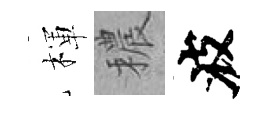
楎穠波